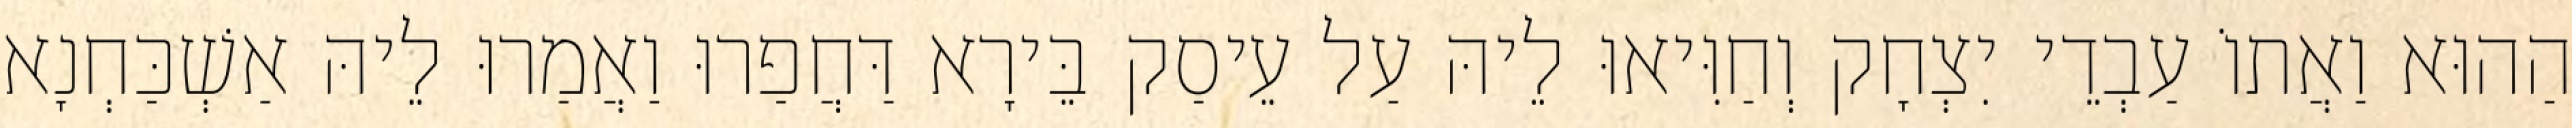
הַהוּא וַאֲתוֹ עַבְדֵי יִצְחָק וְחַוִּיאוּ לֵיהּ עַל עֵיסַק בֵּירָא דַּחֲפַרוּ וַאֲמַרוּ לֵיהּ אַשְׁכַּחְנָא